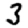
Digit: 3